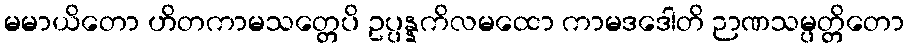
မမာယိတော ဟိတကာမသတ္တေပိ ဥပ္ပန္နကိလမထော ကာမဒဒေါတိ ဉာဏသမ္ပတ္တိတော